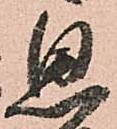
思